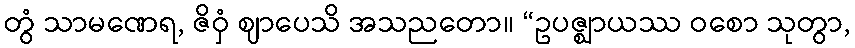
တွံ သာမဏေရ, ဇိဝှံ ဈာပေသိ အသညတော။ “ဥပဇ္ဈာယဿ ဝစော သုတွာ,